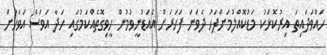
ހައްވަދައިތަ އިރުކޮޅަކު މަޑުކޮއްލުމަށްފަހު ދެވަނަ ފަހަރަށް އެއަޑުނީވުމުން ހީވިގޮތެއްކަމުގައި ހަދާ އަވަސް އަވަހަށް